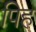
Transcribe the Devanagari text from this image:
पिह